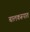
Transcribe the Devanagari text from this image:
बालकरूपात